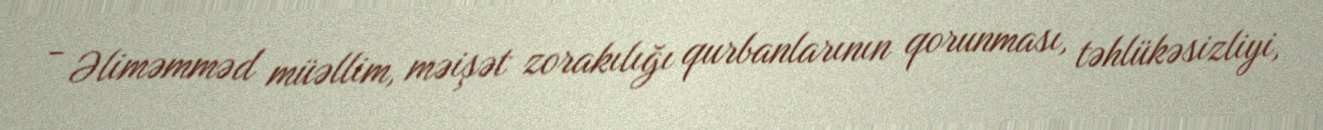
- Əliməmməd müəllim, məişət zorakılığı qurbanlarının qorunması, təhlükəsizliyi,